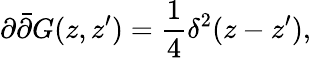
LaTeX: \partial\bar{\partial}G(z,z^{\prime})=\frac{1}{4}\delta^{2}(z-z^{\prime}),